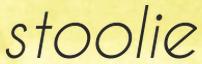
stoolie